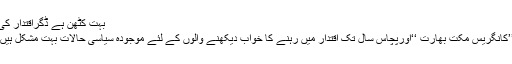
بہت کٹھن ہے ڈگراقتدار کی
’’کانگریس مکت بھارت ‘‘اورپچاس سال تک اقتدار میں رہنے کا خواب دیکھنے والوں کے لئے موجودہ سیاسی حالات بہت مشکل ہیں۔